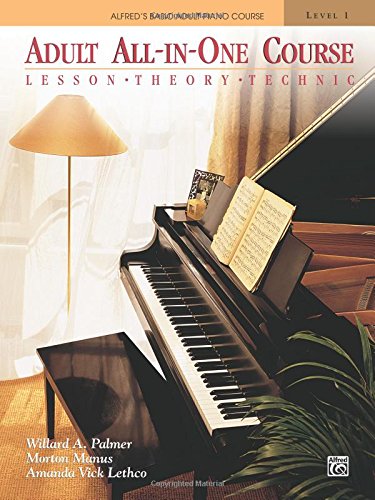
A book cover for Adult All-In-One Course: Lesson-Theory-Technic: Level 1; Willard A. Palmer; Humor & Entertainment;